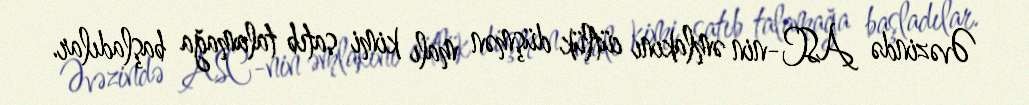
Əvəzində ASC-nin əmlakını cütlük düşmən malı kimi satıb talamağa başladılar.